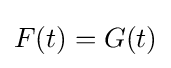
F(t)=G(t)